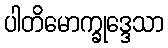
ပါတိမောက္ခုဒ္ဒေသာ